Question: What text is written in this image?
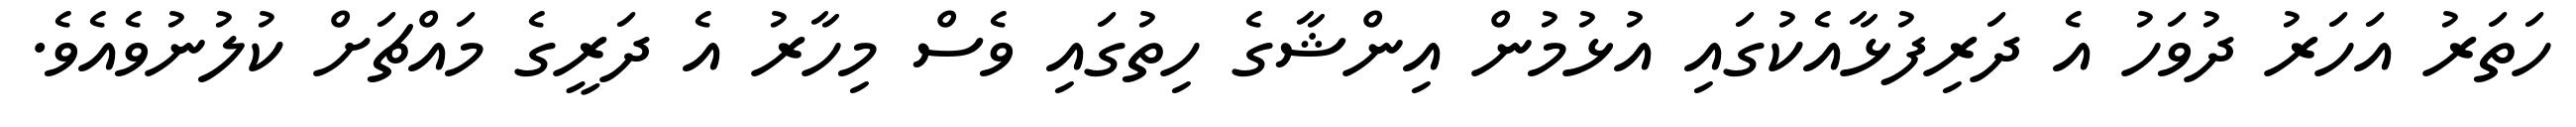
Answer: ހަތަރު އަހަރު ދުވަހު އެ ދަރިފުޅާއެކުގައި އުޅުމުން އިންޝާގެ ހިތުގައި ވެސް މިހާރު އެ ދަރީގެ މައްޗަށް ކުލުނުވެއެވެ.